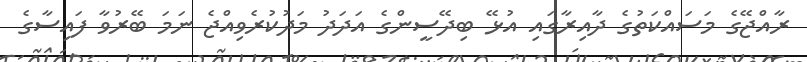
ރާއްޖޭގެ މަސައްކަތުގެ ދާއިރާގައި އުޅޭ ބިދޭސީންގެ އަދަދު މަދުކުރެވިއްޖެ ނަމަ ބޭރުވާ ފައިސާގެ